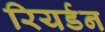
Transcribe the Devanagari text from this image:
रियर्डन